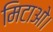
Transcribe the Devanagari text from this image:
मिटाओ।